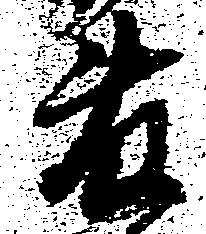
藤